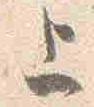
上